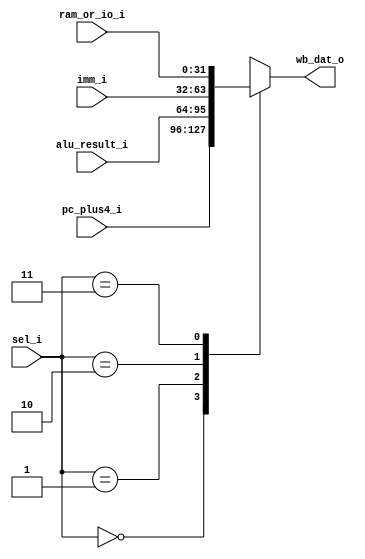
`timescale 1ns/1ns
module WB_mux 
    (
        input      [31:0]   pc_plus4_i,
        input      [31:0]   alu_result_i,
        input      [31:0]   imm_i,
        input      [31:0]   ram_or_io_i,
        input      [1:0]    sel_i,
        output reg [31:0]   wb_dat_o       
    );
    
        always @(*) begin
            case (sel_i)
                0:       wb_dat_o = pc_plus4_i;
                1:       wb_dat_o = alu_result_i;
                2:       wb_dat_o = imm_i;
                3:       wb_dat_o = ram_or_io_i;
                default: wb_dat_o = pc_plus4_i;
            endcase
        end


    
endmodule